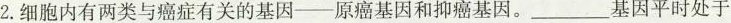
2.细胞内有两类与癌症有关的基因—原癌基因和抑癌基因。___基因平时处于